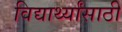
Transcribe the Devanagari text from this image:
विद्यार्थ्‍यांसाठी